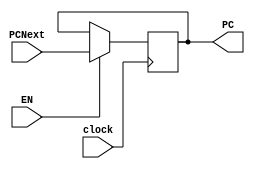
`timescale 1ns / 1ps
//////////////////////////////////////////////////////////////////////////////////
// Company: 
// Engineer: 
// 
// Design Name: 
// Module Name:    ProgramCounter 
// Project Name: 
// Target Devices: 
// Tool versions: 
// Description: 
//
// Dependencies: 
//
// Revision: 
// Revision 0.01 - File Created
// Additional Comments: 
//
//////////////////////////////////////////////////////////////////////////////////
module ProgramCounter(
    input EN,
    input clock,
    input [7:0] PCNext,
    output reg [7:0] PC
    );
	 initial
			PC=100;
		
	 always @(posedge clock)	//Main always block.
	 begin
	//#1;
		if(EN)	//If EN is enabled, then output the PCNext value.
			PC<=PCNext;
	 end
endmodule